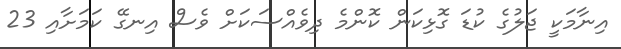
އިނާމަކީ ޖަލުގެ ކުޑަ ގޮޅިކަން ކޮންމެ ދިވެއްސަކަށް ވެސް އިނގޭ ކަމަށާއި 23